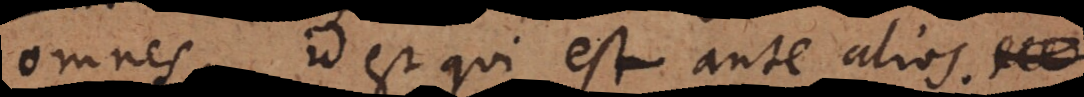
omnes, id est qui est ante alios.